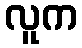
လူက